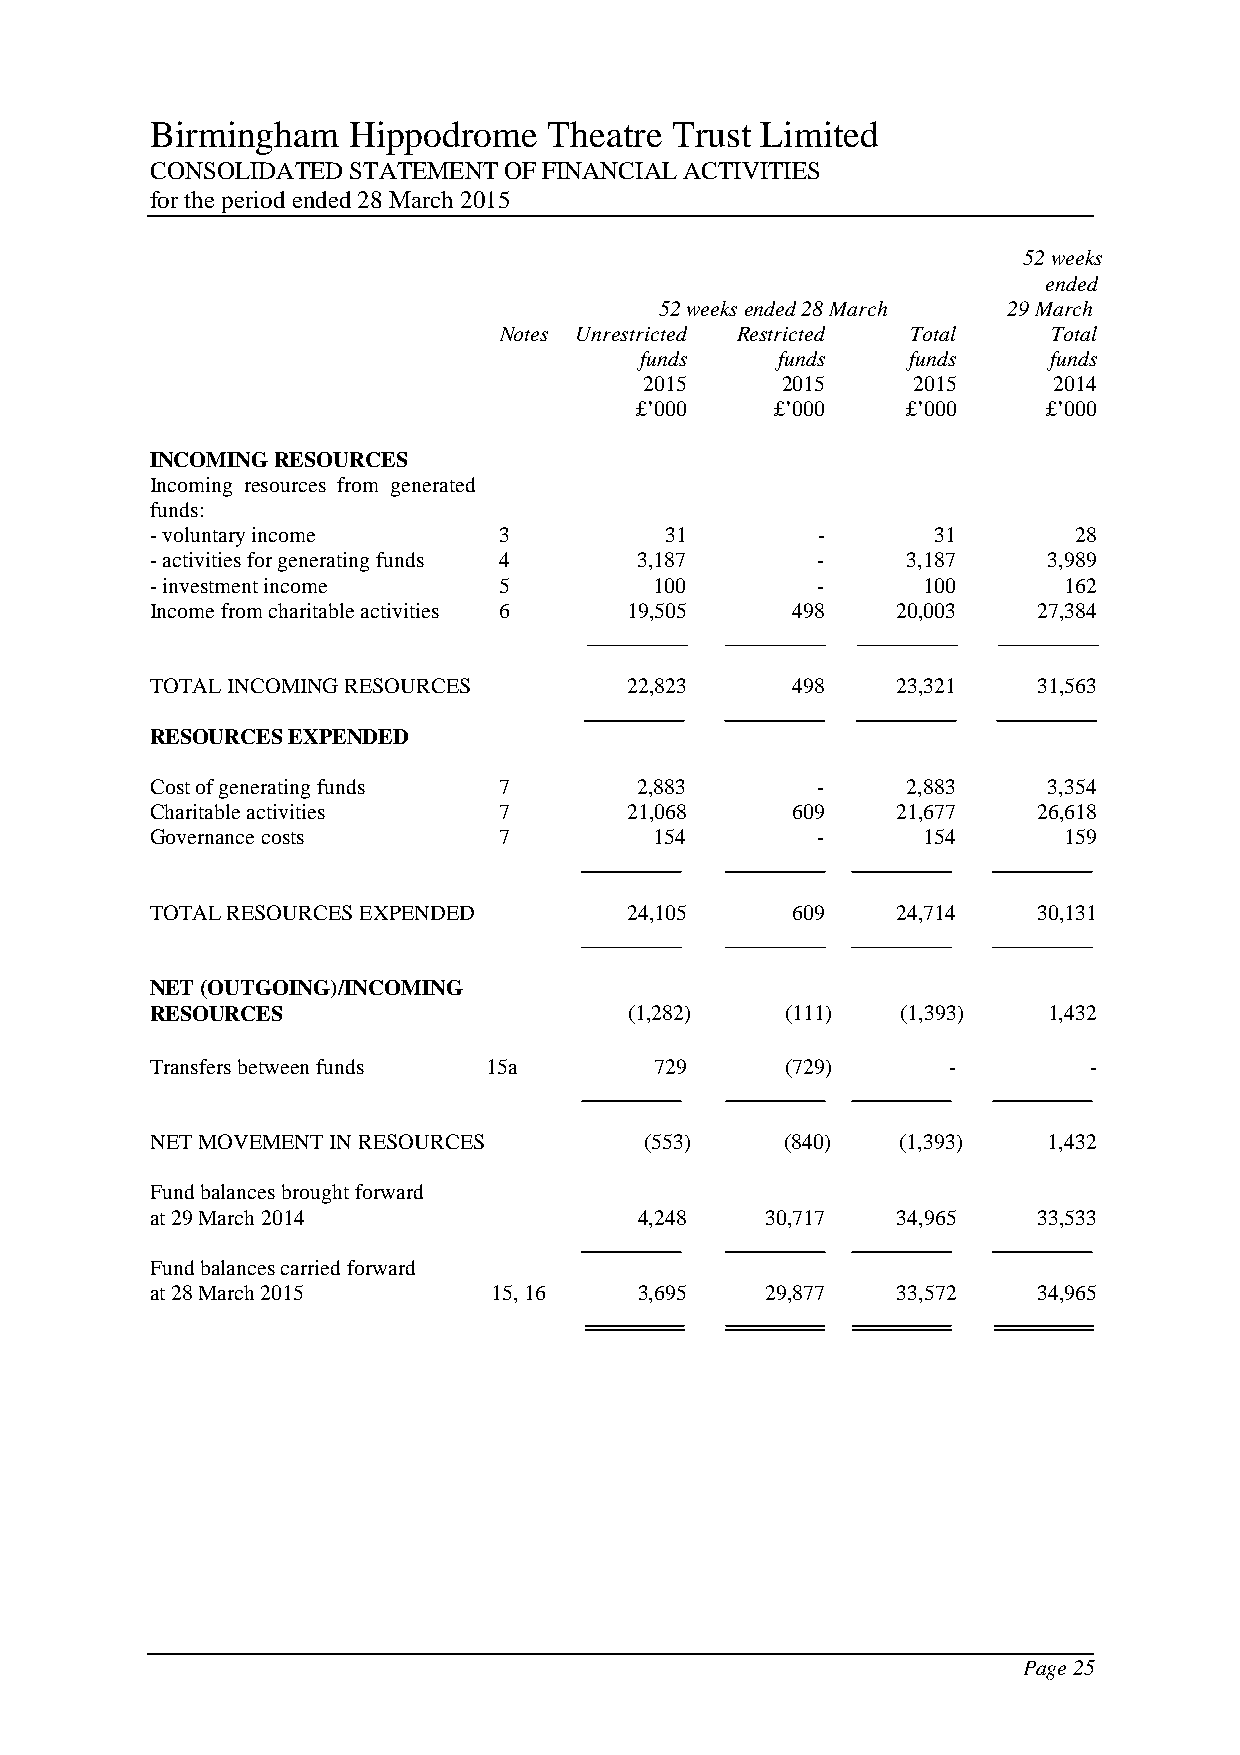
Birmingham   Hippodrome   Theatre Trust Limited
 CONSOLIDATED STATEMENT OF FINANCIAL ACTIVITIES
 for the period ended 28 March 2015
 52 weeks
 ended
 52 weeks ended 28 March 29 March
 Notes Unrestricted Restricted Total  Total
 funds    funds    funds    funds
 2015     2015    2015      2014
 £’000    £’000    £’000    £’000
 INCOMING RESOURCES
 Incoming resources from generated
 funds:
 - voluntary income     3          31        -       31       28
 - activities for generating funds 4 3,187   -     3,187    3,989
 - investment income    5         100        -      100      162
 Income from charitable activities 6 19,505 498   20,003    27,384
 TOTAL INCOMING RESOURCES        22,823    498    23,321    31,563
 RESOURCES EXPENDED
 Cost of generating funds 7      2,883       -     2,883    3,354
 Charitable activities  7       21,068     609    21,677    26,618
 Governance costs       7         154        -      154      159
 TOTAL RESOURCES EXPENDED        24,105    609    24,714    30,131
 NET (OUTGOING)/INCOMING
 RESOURCES                       (1,282)   (111)   (1,393)  1,432
 Transfers between funds 15a      729      (729)      -        -
 NET MOVEMENT IN RESOURCES        (553)    (840)   (1,393)  1,432
 Fund balances brought forward
 at 29 March 2014                4,248    30,717  34,965    33,533
 Fund balances carried forward
 at 28 March 2015       15, 16   3,695    29,877  33,572    34,965
 Page 25